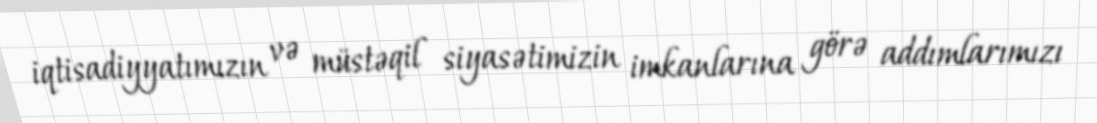
iqtisadiyyatımızın və müstəqil siyasətimizin imkanlarına görə addımlarımızı